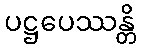
ပဋ္ဌပေဿန္တိ